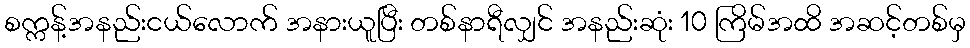
စက္ကန့်အနည်းငယ်လောက် အနားယူပြီး တစ်နာရီလျှင် အနည်းဆုံး 10 ကြိမ်အထိ အဆင့်တစ်မှ